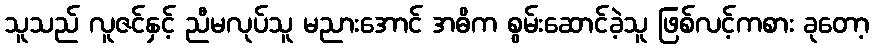
သူသည် လူဇင်နှင့် ညီမလုပ်သူ မညားအောင် အဓိက စွမ်းဆောင်ခဲ့သူ ဖြစ်လင့်ကစား ခုတော့